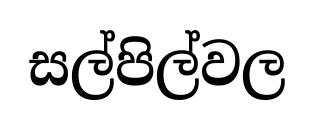
සල්පිල්වල